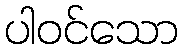
ပါဝင်သော